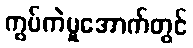
ကွပ်ကဲမှုအောက်တွင်